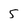
Character: 5